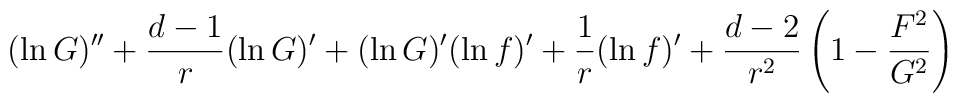
(\ln G)''+{d-1\over r}(\ln G)'+(\ln G)'(\ln f)'+{1\over r}(\ln f)'+{d-2\over r^2}\left(1-{F^2\over G^2}\right)